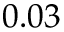
0 . 0 3